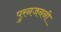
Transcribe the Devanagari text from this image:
पुरनजननी